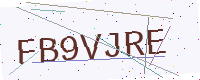
Text: FB9VJRE